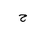
Letter: _ha